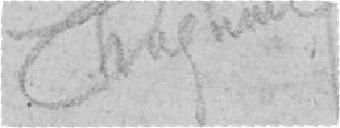
Chagneu